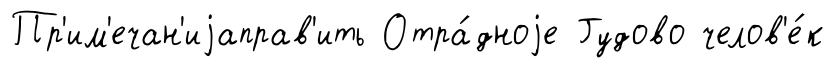
Пр'им'ечан'иjаправ'ить Отра́дноjе Гудово челов'е́к